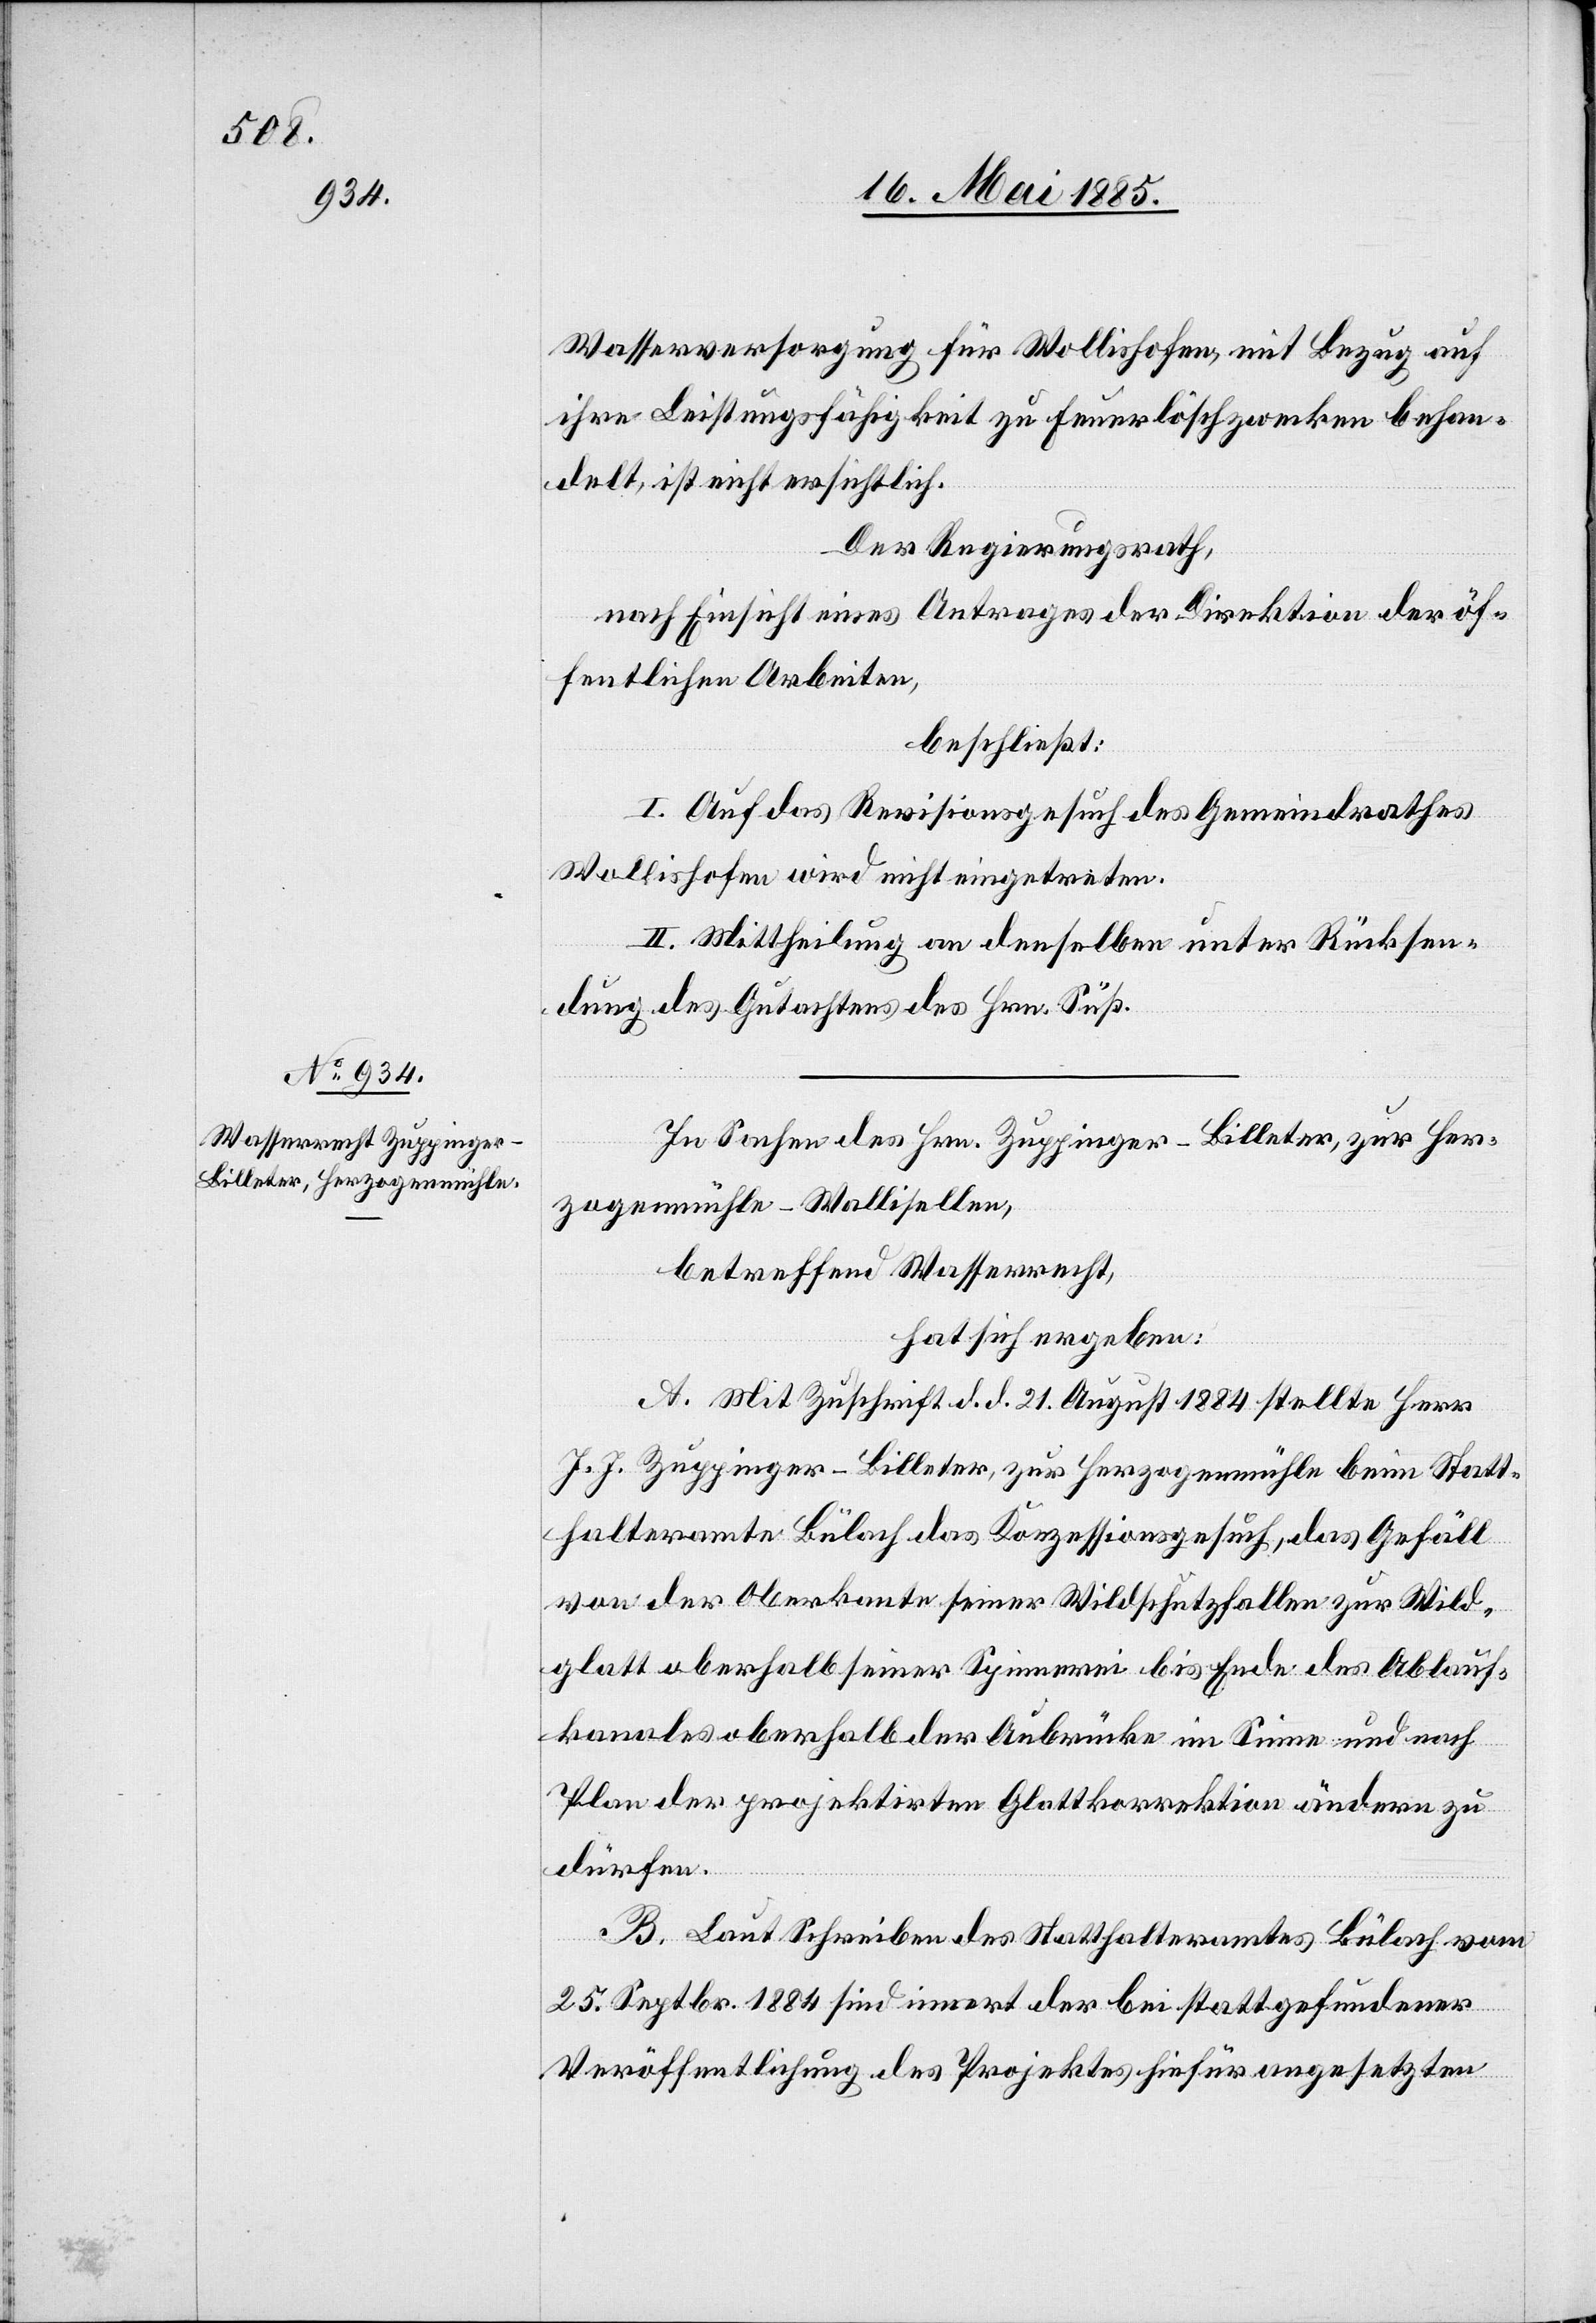
Wasserversorgung für Wollishofen mit Bezug auf
ihre Leistungsfähigkeit zu Feuerlöschzwecken behan¬
delt, ist nicht ersichtlich.
Der Regierungsrath,
nach Einsicht eines Antrages der Direktion der öf¬
fentlichen Arbeiten,
beschließt:
I. Auf das Revisionsgesuch des Gemeindrathes
Wollishofen wird nicht eingetreten.
II. Mittheilung an denselben unter Rücksen¬
dung des Gutachtens des Hrn. Süß.
In Sachen des Hrn. Zuppinger-Billeter, zur Her¬
zogenmühle - Wallisellen,
betreffend Wasserrecht,
hat sich ergeben:
A. Mit Zuschrift d. d. 21. August 1884 stellte Herr
J. J. Zuppinger-Billeter, zur Herzogenmühle beim Statt¬
halteramte Bülach das Konzessionsgesuch, das Gefäll
von der Oberkante seiner Wildschutzfallen zur Wild¬
glatt oberhalb seiner Spinnerei bis Ende des Ablauf¬
kanals oberhalb der Aubrücke im Sinne und nach
Plan der projektirten Glattkorrektion ändern zu
dürfen.
B. Laut Schreiben des Statthalteramtes Bülach vom
25. Septbr. 1884 sind innert der bei stattgefundener
Veröffentlichung des Projektes hiefür angesetzten